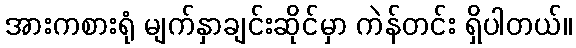
အားကစားရုံ မျက်နှာချင်းဆိုင်မှာ ကဲန်တင်း ရှိပါတယ်။